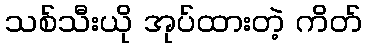
သစ်သီးယို အုပ်ထားတဲ့ ကိတ်